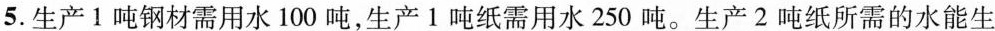
5.生产1吨钢材需用水100吨，生产1吨纸需用水250吨。生产2吨纸所需的水能生